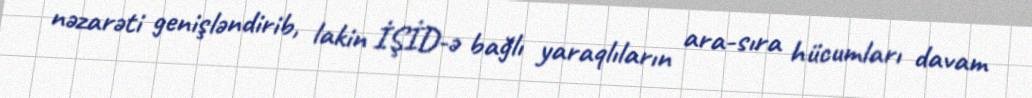
nəzarəti genişləndirib, lakin İŞİD-ə bağlı yaraqlıların ara-sıra hücumları davam